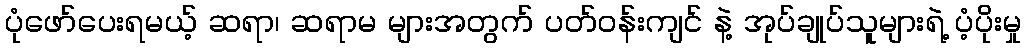
ပုံဖော်ပေးရမယ့် ဆရာ၊ ဆရာမ များအတွက် ပတ်ဝန်းကျင် နဲ့ အုပ်ချုပ်သူများရဲ့ ပံ့ပိုးမှု